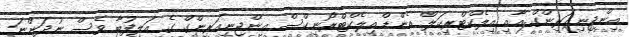
އިންޖިނިއަރިންގް އާއި އިލެކްޓްރިކަލް އެންޑް އިލެކްޓްރޯނިކްސް އިންޖިނިއަރިންގް ގެ އަލިފުބާ ވެސް ނުދަންނަ